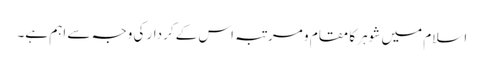
اسلام میں شوہر کا مقام و مرتبہ اس کے کردار کی وجہ سے اہم ہے۔